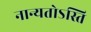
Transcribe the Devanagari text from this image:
नान्यतोऽस्ति